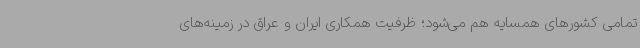
تمامی کشورهای همسایه هم می‌شود؛ ظرفیت همکاری ایران و عراق در زمینه‌های